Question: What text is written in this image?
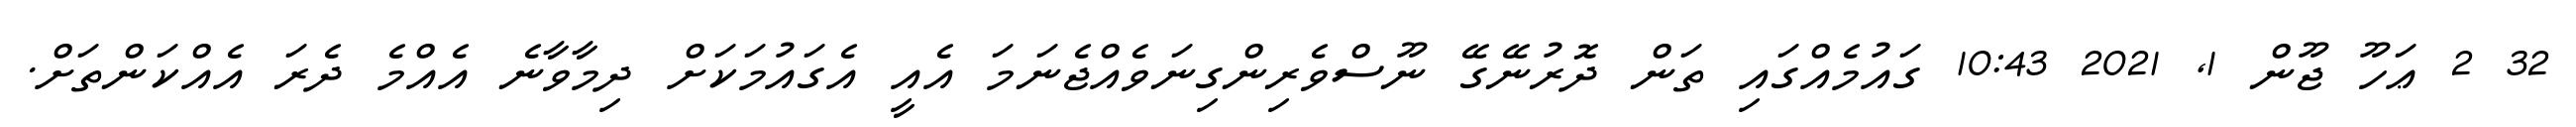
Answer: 32 2 ޢަހޫ ޖޫން 1, 2021 10:43 ގައުމެއްގައި ތަން ދޮރުނޭގޭ ނޫސްވެރިންގިނަވެއްޖެނަމަ އެއީ އެގައުމަކަށް ދިމާވާނެ އެއްމެ ދެރަ އެއްކަންތަށް.